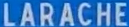
LARACHE